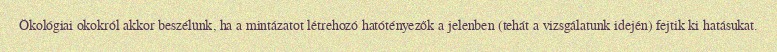
Ökológiai okokról akkor beszélünk, ha a mintázatot létrehozó hatótényezők a jelenben (tehát a vizsgálatunk idején) fejtik ki hatásukat.